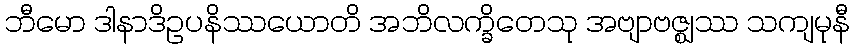
ဘီမော ဒါနာဒိဥပနိဿယောတိ အဘိလက္ခိတေသု အဗျာဗဇ္ဈဿ သကျမုနီ